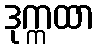
ဒုက္ကထာ